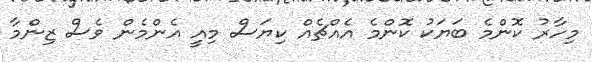
މިހާރު ކޮންމެ ބަޔަކު ކޮންމެ އެއްޗެއް ކިޔަސް މިއީ އެންމެން ވެސް ޒިންމާ